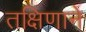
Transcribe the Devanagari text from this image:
तक्षिणाने